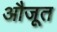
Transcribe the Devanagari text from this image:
औजूत